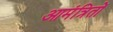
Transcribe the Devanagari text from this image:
आमंत्रितों